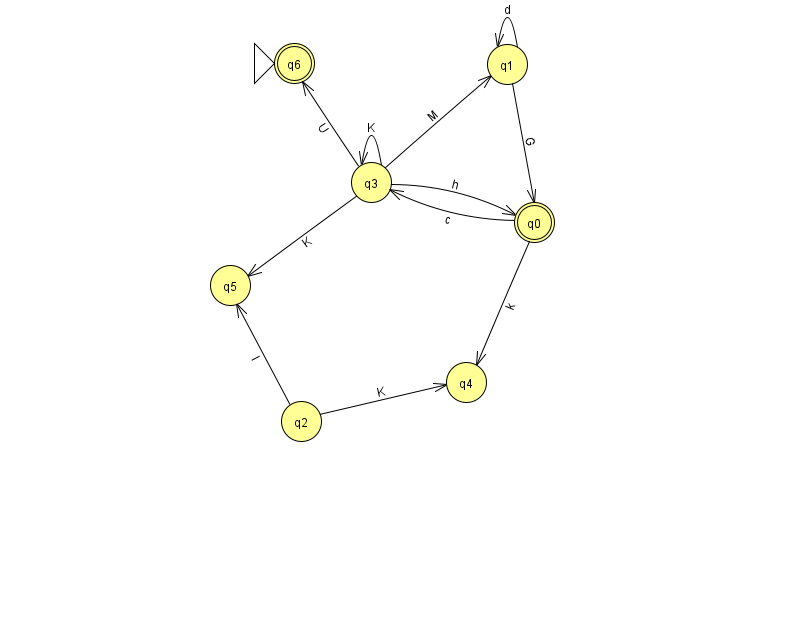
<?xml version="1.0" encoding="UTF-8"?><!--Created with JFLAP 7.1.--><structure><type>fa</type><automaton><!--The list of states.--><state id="0" name="q0"><x>534.0</x><y>209.0</y><final/></state><state id="1" name="q1"><x>507.0</x><y>51.0</y></state><state id="2" name="q2"><x>301.0</x><y>408.0</y></state><state id="3" name="q3"><x>371.0</x><y>169.0</y></state><state id="4" name="q4"><x>466.0</x><y>369.0</y></state><state id="5" name="q5"><x>230.0</x><y>272.0</y></state><state id="6" name="q6"><x>294.0</x><y>50.0</y><initial/><final/></state><!--The list of transitions.--><transition><from>3</from><to>1</to><read>M</read></transition><transition><from>3</from><to>5</to><read>K</read></transition><transition><from>1</from><to>0</to><read>G</read></transition><transition><from>1</from><to>1</to><read>d</read></transition><transition><from>3</from><to>0</to><read>h</read></transition><transition><from>0</from><to>4</to><read>k</read></transition><transition><from>3</from><to>3</to><read>K</read></transition><transition><from>3</from><to>6</to><read>U</read></transition><transition><from>0</from><to>3</to><read>c</read></transition><transition><from>2</from><to>4</to><read>K</read></transition><transition><from>2</from><to>5</to><read>l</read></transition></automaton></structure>